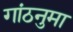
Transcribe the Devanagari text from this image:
गांठनुमा